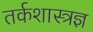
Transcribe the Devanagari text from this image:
तर्कशास्त्रज्ञ